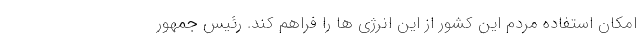
امکان استفاده مردم این کشور از این انرژی ها را فراهم کند. رئیس جمهور